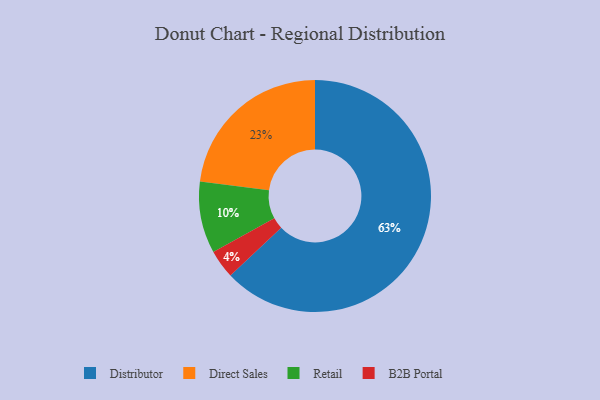
{"axis": {"x": "Category", "y": "Percentage"}, "legend": ["B2B Portal", "Direct Sales", "Distributor", "Retail"], "data": [{"x": "Direct Sales", "y": 23, "type": "Direct Sales"}, {"x": "Retail", "y": 10, "type": "Retail"}, {"x": "B2B Portal", "y": 4, "type": "B2B Portal"}, {"x": "Distributor", "y": 63, "type": "Distributor"}]}